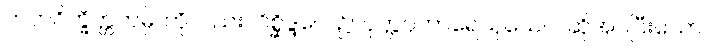
ဟတဝိက္ခိတ္တကမ္ပိ၊ ကိုလည်း။ ဝိစ္ဆိဒ္ဒပေ၊ ၌။ ဝုတ္တပ္ပကာရေသုယေဝ၊ ဆိုအပ်ပြီးသော